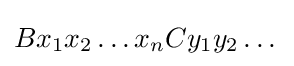
Bx_{1}x_{2}\dots x_{n}Cy_{1}y_{2}\dots